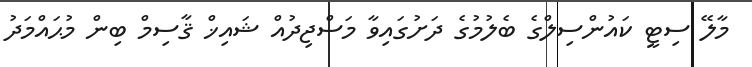
މާލޭ ސިޓީ ކައުންސިލްގެ ބެލުމުގެ ދަށުގައިވާ މަސްޖިދުއް ޝައިޚް ޤާސިމް ބިން މުޙައްމަދު